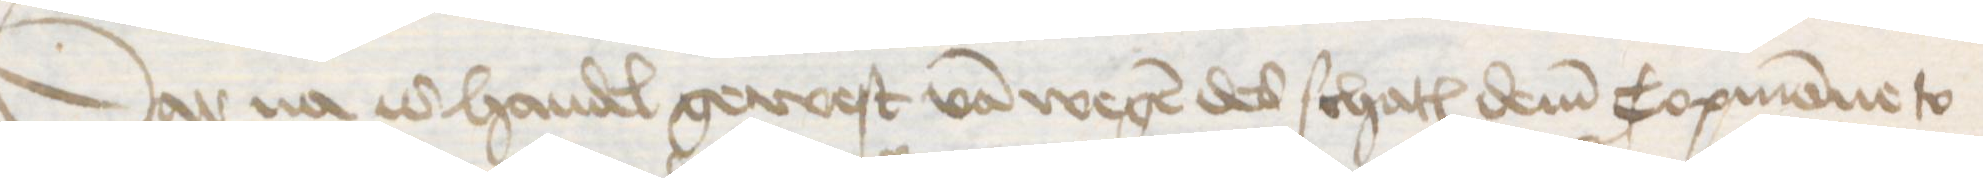
Dar na is handel gewest van wegen des schates dem Copmanne to